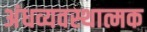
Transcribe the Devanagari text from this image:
अंधव्यवस्थात्मक